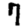
Digit: 7